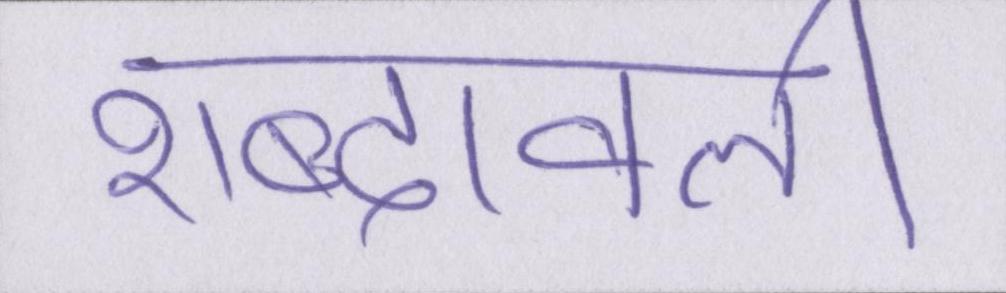
शब्दावली